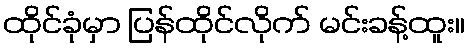
ထိုင်ခုံမှာ ပြန်ထိုင်လိုက် မင်းခန့်ထူး။